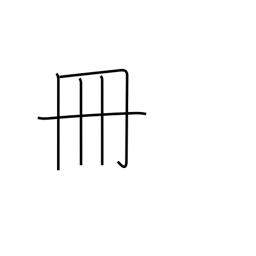
Meaning: volume